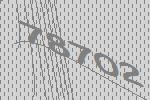
78702